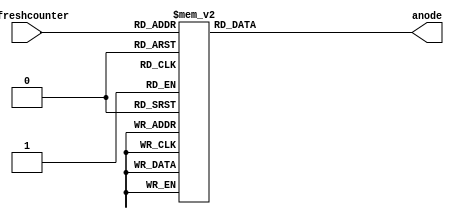
`timescale 1ns / 1ps
//////////////////////////////////////////////////////////////////////////////////
// Company: 
// Engineer: 
// 
// Design Name: 
// Module Name: anode_control
// Project Name: 
// Target Devices: 
// Tool Versions: 
// Description: 
// 
// Dependencies: 
// 
// Revision:
// Revision 0.01 - File Created
// Additional Comments:
// 
//////////////////////////////////////////////////////////////////////////////////


module anode_control( 
input [2:0] refreshcounter,
output reg [7:0] anode=0
    );
   always @(refreshcounter)
   begin
        case (refreshcounter)
        3'b000: anode=8'b11111110;
        3'b001: anode=8'b11111101;
        3'b010: anode=8'b11111011;
        3'b011: anode=8'b11110111;
        3'b100: anode=8'b11101111;
        3'b101: anode=8'b11011111;
        3'b110: anode=8'b10111111;
        3'b111: anode=8'b01111111;
        endcase
   end
endmodule